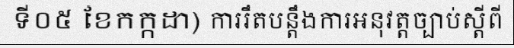
ទី០៥ ខែកក្កដា) ការរឹតបន្តឹងការអនុវត្តច្បាប់ស្តីពី